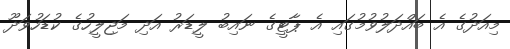
މިއަދުގެ އެ ބައްދަލުވުމުގައި އެ ޕާޓީގެ ނައިބު ލީޑަރު އަދި މަޖިލީހުގެ ކުޑަހުވަދޫ